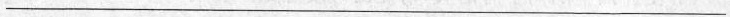
___